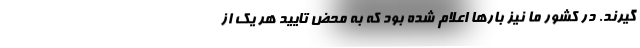
گیرند. در کشور ما نیز بارها اعلام شده بود که به محض تایید هر یک از